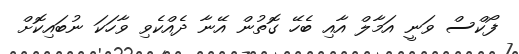
ފޯކްސް ވަނީ އަމާލް އާއި ބެހޭ ގޮތުން އޭނާ ދެއްކެވި ވާހަކަ ނުބައިކޮށް